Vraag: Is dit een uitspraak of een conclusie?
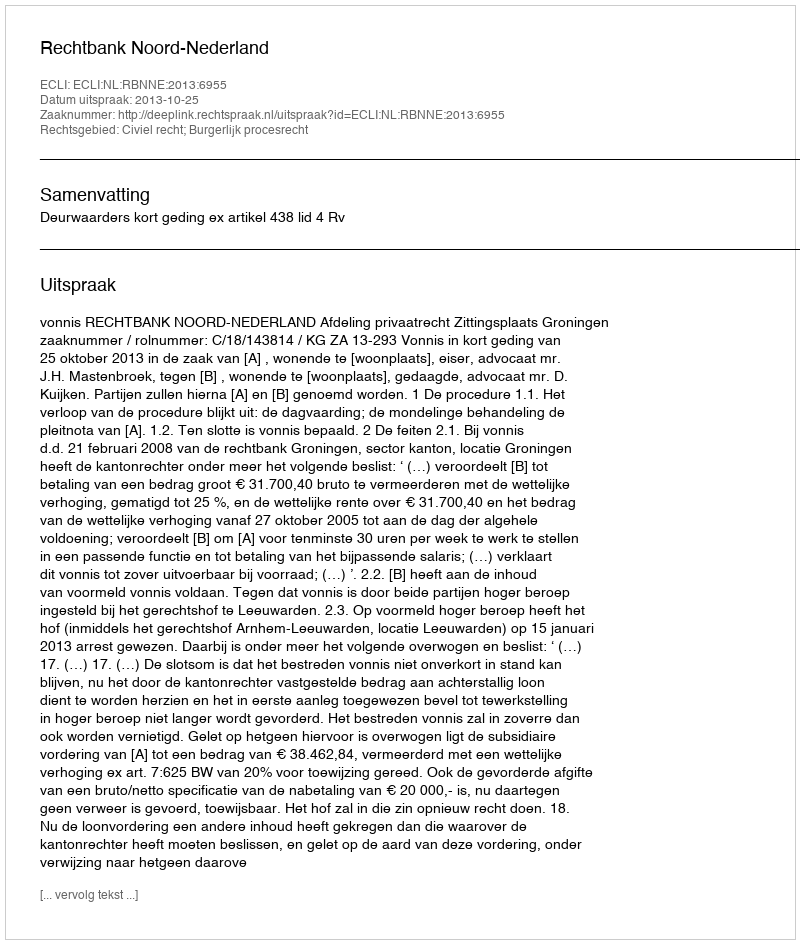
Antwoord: Uitspraak